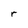
Character: r